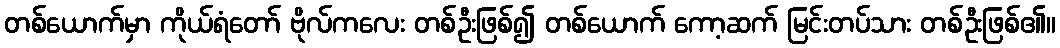
တစ်ယောက်မှာ ကိုယ်ရံတော် ဗိုလ်ကလေး တစ်ဦးဖြစ်၍ တစ်ယောက် ကော့ဆက် မြင်းတပ်သား တစ်ဦးဖြစ်၏။